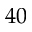
4 0